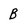
Character: B